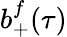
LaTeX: b_{+}^{f}(\tau)